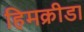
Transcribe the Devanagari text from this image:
हिमक्रीडा